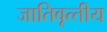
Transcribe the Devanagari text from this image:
जातिवृत्‍तीय